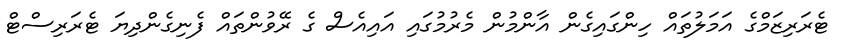
ޓެރަރިޒަމްގެ އަމަލުތައް ހިންގައިގެން އާންމުން މެރުމުގައި އައިއެސް ގެ ރޭވުންތައް ފެނިގެންދިޔަ ޓެރަރިސްޓް